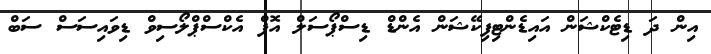
އިން ދަ ޑިޓެކްޝަން އައިޑެންޓިފިކޭޝަން އެންޑް ޑިސްޕޯސަލް އޮފް އެކްސްޕްލޯސިވް ޑިވައިސަސް ސަބް